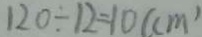
1 2 0 \div 1 2 = 1 0 ( c m )